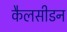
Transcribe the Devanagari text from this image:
कैलसीडन